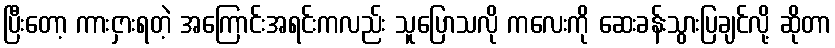
ပြီးတော့ ကားငှားရတဲ့ အကြောင်းအရင်းကလည်း သူပြောသလို ကလေးကို ဆေးခန်းသွားပြချင်လို့ ဆိုတာ